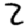
Digit: 2